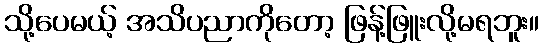
သို့ပေမယ့် အသိပညာကိုတော့ ဖြန့်ဖြူးလို့မရဘူး။